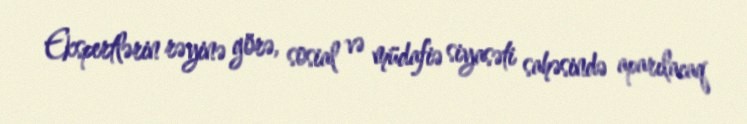
Ekspertlərin rəyinə görə, sosial və müdafiə siyasəti sahəsində aparılacaq